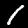
Label: 1